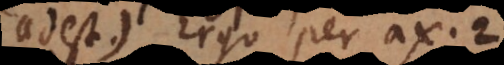
adest.) Ergo per axioma 2